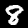
Digit: 8